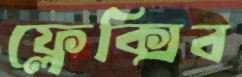
ফ্লেক্সিব